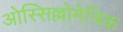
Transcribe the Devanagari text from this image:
ओस्सिल्लोमेत्रिक